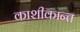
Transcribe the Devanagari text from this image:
काशीकान्त